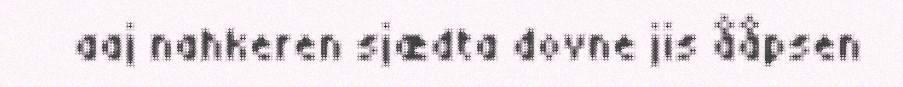
aaj nahkeren sjædta dovne jis ååpsen